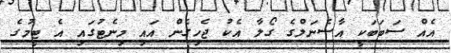
އެއް ސަބަބަކީ އާސެނަލްގެ ގޯލާ އެކު ޖެހިގެން އައި މިނެޓުގައި އެ ޓީމުގެ